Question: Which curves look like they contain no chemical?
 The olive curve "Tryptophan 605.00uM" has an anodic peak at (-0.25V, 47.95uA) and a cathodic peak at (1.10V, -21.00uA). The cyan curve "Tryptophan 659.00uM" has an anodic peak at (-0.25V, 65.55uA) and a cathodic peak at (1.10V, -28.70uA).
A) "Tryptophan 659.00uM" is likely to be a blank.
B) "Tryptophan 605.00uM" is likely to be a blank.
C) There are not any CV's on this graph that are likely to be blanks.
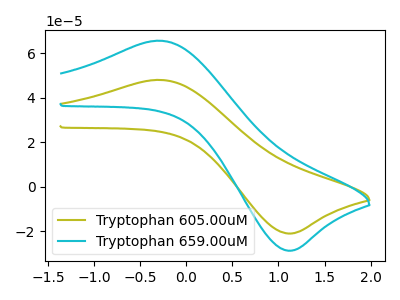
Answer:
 <answer>C) There are not any CV's on this graph that are likely to be blanks.</answer>
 <eval>C</eval>